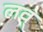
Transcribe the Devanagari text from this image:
लव्